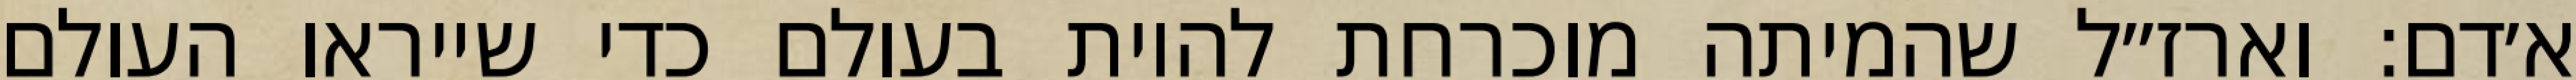
א׳דם: וארז״ל שהמיתה מוכרחת להיות בעולם כדי שייראו העולם